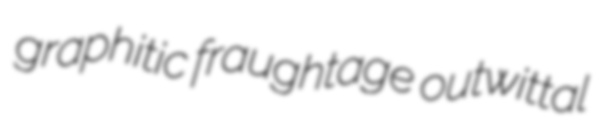
graphitic fraughtage outwittal